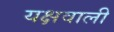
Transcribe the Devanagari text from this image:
यक्षवाली